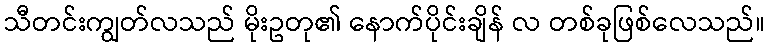
သီတင်းကျွတ်လသည် မိုးဥတု၏ နောက်ပိုင်းချိန် လ တစ်ခုဖြစ်လေသည်။